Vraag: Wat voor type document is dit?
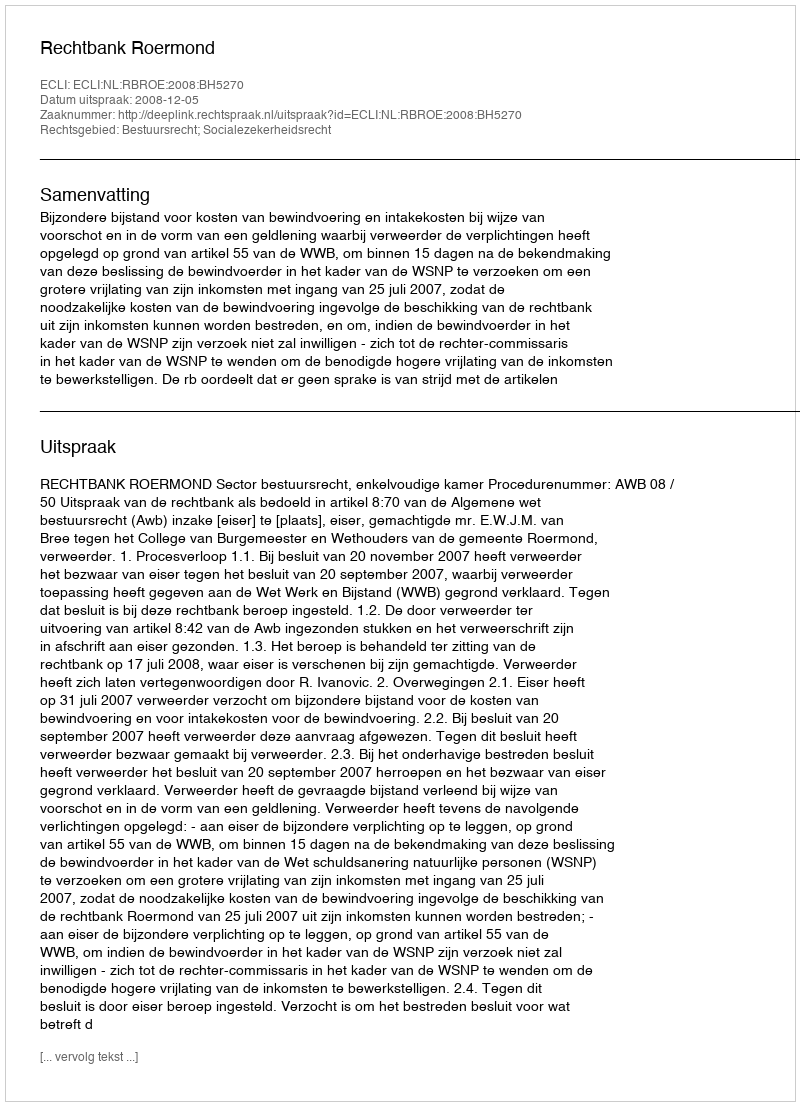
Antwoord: Uitspraak